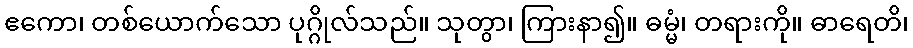
ဧကော၊ တစ်ယောက်သော ပုဂ္ဂိုလ်သည်။ သုတွာ၊ ကြားနာ၍။ ဓမ္မံ၊ တရားကို။ ဓာရေတိ၊